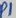
Text: P1